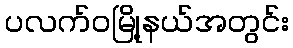
ပလက်ဝမြို့နယ်အတွင်း